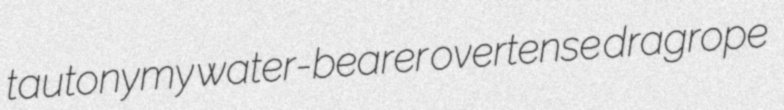
tautonymy water-bearer overtense dragrope